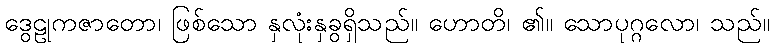
ဒွေဠုကဇာတော၊ ဖြစ်သော နှလုံးနှခွရှိသည်။ ဟောတိ၊ ၏။ သောပုဂ္ဂလော၊ သည်။